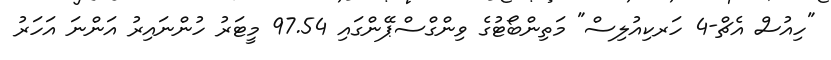
"ހިއުސް އެޗް-4 ހަރކިއުލިސް" މަތިންބޯޓުގެ ވިންގްސްޕޭންގައި 97.54 މީޓަރު ހުންނައިރު އަންނަ އަހަރު